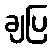
ချပြ